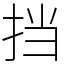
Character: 挡